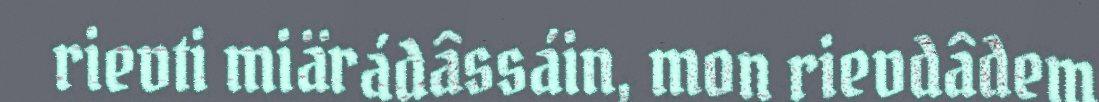
rievti miärádâssáin, mon rievdâdem